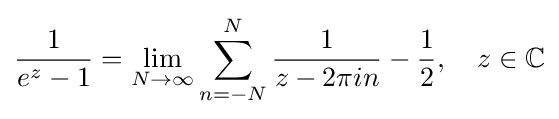
{\frac {1}{e^{z}-1}}=\lim _{N\to \infty }\sum _{n=-N}^{N}{\frac {1}{z-2\pi in}}-{\frac {1}{2}},\quad z\in \mathbb {C}